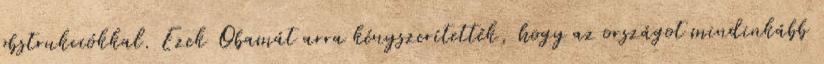
obstrukciókkal. Ezek Obamát arra kényszerítették, hogy az országot mindinkább